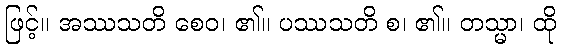
ဖြင့်။ အဿသတိ စေဝ၊ ၏။ ပဿသတိ စ၊ ၏။ တသ္မာ၊ ထို